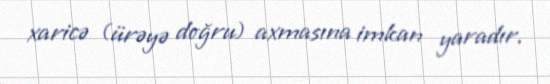
xaricə (ürəyə doğru) axmasına imkan yaradır.